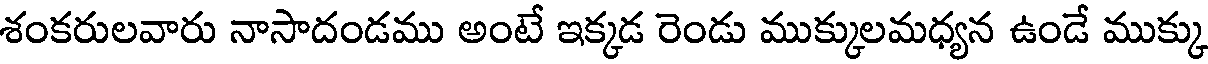
శంకరులవారు నాసాదండము అంటే ఇక్కడ రెండు ముక్కులమధ్యన ఉండే ముక్కు